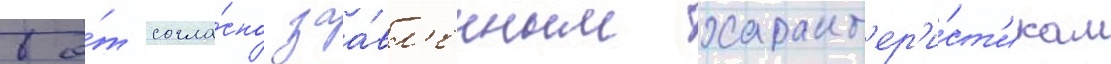
То́т согла́сно заа́вл'енным характ'ер'и́ст'икам